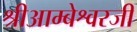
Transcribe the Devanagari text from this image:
श्रीआम्बेश्वरजी